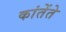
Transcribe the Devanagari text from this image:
कांतेंते